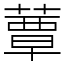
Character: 蕈